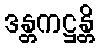
ဒန္တကဋ္ဌန္တိ